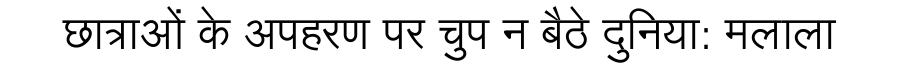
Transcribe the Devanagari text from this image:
छात्राओं के अपहरण पर चुप न बैठे दुनिया: मलाला